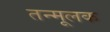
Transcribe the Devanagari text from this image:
तन्मूलक